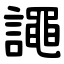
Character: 譝